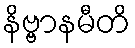
နိဗ္ဗာနမီတိ